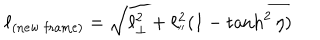
\ell _ { ( \mathrm { n e w \ f r a m e ) } } = \sqrt { \ell _ { \bot } ^ { 2 } + \ell _ { ' ^ { \prime } } ^ { 2 } ( 1 - \tanh ^ { 2 } \eta ) }